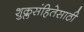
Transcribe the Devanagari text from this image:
शुक्लसंहितेसाठी